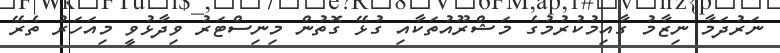
ނަރުދަމާ ނިޒާމު ގާއިމުކުރުމުގެ މަޝްރޫއުތަކާއި ގުޅޭ ގޮތުން މިނިސްޓަރު ވިދާޅުވީ މިއަހަރު ތެރޭ